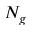
N _ { g }